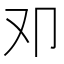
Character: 𠨏